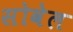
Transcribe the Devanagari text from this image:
सोवेल